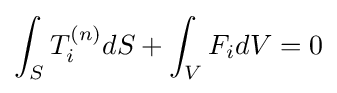
\int _{S}T_{i}^{(n)}dS+\int _{V}F_{i}dV=0